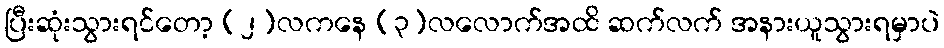
ပြီးဆုံးသွားရင်တော့ (၂)လကနေ (၃)လလောက်အထိ ဆက်လက် အနားယူသွားရမှာပဲ